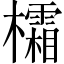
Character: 𪴜